Vaccination in Bombay 1913-1923 - 1913-1923
Year: 1913
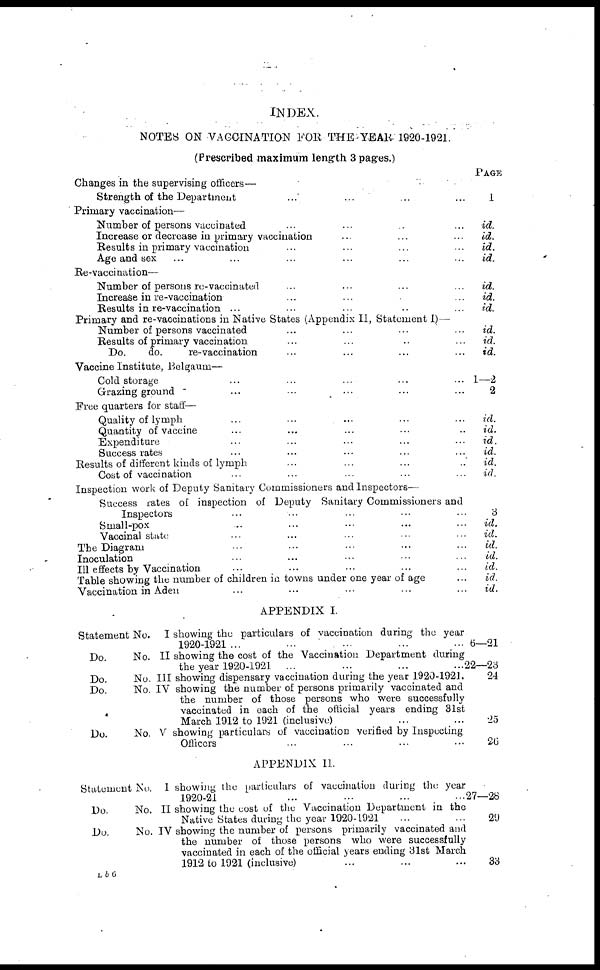
INDEX.
NOTES ON VACCINATION FOR THE YEAR 1920-1921.
(Prescribed maximum length 3 pages.)
Changes in the supervising officers—
Strength of the Department
...
...
...
...
Primary vaccination—
Number of persons vaccinated ... ... ... ...
Increase or decrease in primary vaccination ... ... ...
Results in primary vaccination ... ... ... ...
Age and sex ... ... ... ... ... ...
Re-vaccination—
Number of persons re-vaccinated ... ... ... ...
Increase in re-vaccination ... ... ... ...
Results in re-vaccination ... ... ... ... ...
Primary and re-vaccinations in Native States (Appendix II, Statement I)—
Number of persons vaccinated ... ... ... ...
Results of primary vaccination ... ... ... ...
Do.
do.
re-vaccination ... ... ... ...
Vaccine Institute, Belgaum—
Cold storage ... ... ... ... ...
Grazing ground ... ... ... ... ...
Free quarters for staff—
Quality of lymph ... ... ... ... ...
Quantity of vaccine ... ... ... ... ...
Expenditure ... ... ... ... ...
Success rates ... ... ... ... ...
Results of different kinds of lymph ... ... ... ...
Cost of vaccination ... ... ... ... ...
Inspecti5n work of Deputy Sanitary Commissioners and Inspectors—
Success rates of inspection of Deputy Sanitary Commissioners and
Inspectors ... ... ... ... ...
Small-pox ... ... ... ... ...
Vaccinal state ... ... ... ... ...
The Diagram ... ... ... ... ...
Inoculation ... ... ... ... ...
III effects by Vaccination ... ... ... ... ...
Table showing the number of children in towns under one year of age ...
Vaccination in Aden ... ... ... ... ...
PAGE
1
id.
id.
id.
id.
id.
id.
id.
id.
id.
id.
1—2
2
id.
id.
id.
id.
id.
id.
3
id.
id.
id.
id.
id.
id.
id.
APPENDIX I.
Statement No. I showing the particulars of vaccination during the year
1920-1921 ... ... ... ... ...
Do.
No. II showing the cost of the Vaccination Department during
the year 1920-1921 ... ... ... ...
Do.
No. III showing dispensary vaccination during the year 1920-1921.
Do.
No. IV showing the number of persons primarily vaccinated and
the number of those persons who were successfully
vaccinated in each of the official years ending 31st
March 1912 to 1921 (inclusive) ... ...
Do.
No. V showing particulars of vaccination verified by Inspecting
Officers ... ... ... ...
6—21
22—23
24
25
26
APPENDIX II.
Statement No. I showing the particulars of vaccination during the year
1920-21 ... ... ... ...
Do.
No. II showing the cost of the Vaccination Department in the
Native States during the year 1920-1921 ... ...
Do.
No. IV showing the number of persons primarily vaccinated and
the number of those persons who were successfully
vaccinated in each of the official years ending 31st March
1912 to 1921 (inclusive) ... ... ...
27—28
29
33
L b 6